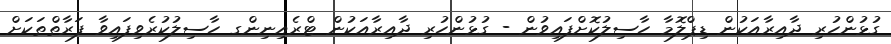
ގުޅުންހުރި ދާއިރާއަކުން ޑިޕްލޮމާ ހާސިލުކޮށްފައިވުން - ގުޅުންހުރި ދާއިރާއަކުން ޓްރެއިނިންގ ހާސިލުކުރެވިފައިވާ ފަރާތްތަކަށް